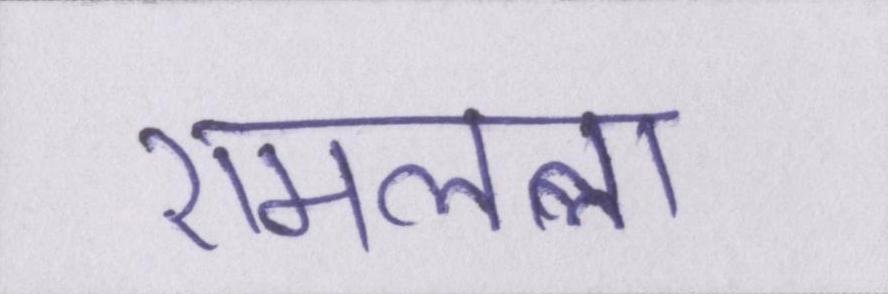
रामलला